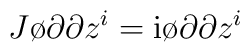
J \o{\partial}{\partial z^{i}} = {\rm i} \o{\partial}{\partial z^{i}}